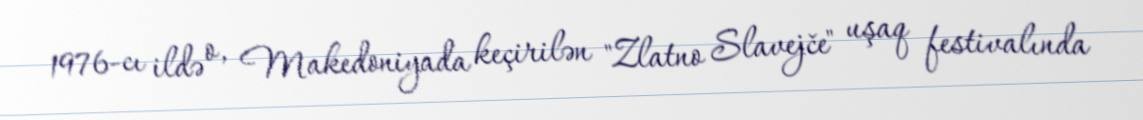
1976-cı ildə o, Makedoniyada keçirilən "Zlatno Slavejče" uşaq festivalında